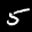
Label: 5